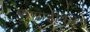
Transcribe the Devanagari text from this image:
कुणाहीकडून